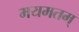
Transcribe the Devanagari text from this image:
मयमतम्